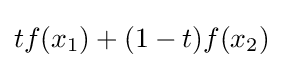
tf(x_{1})+(1-t)f(x_{2})